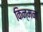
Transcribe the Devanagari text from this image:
किन्मन